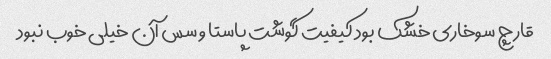
قارچ سوخاری خشک بود کیفیت گوشت پاستا و سس آن خیلی خوب نبود